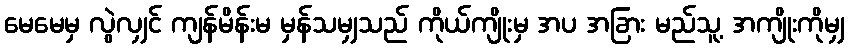
မေမေမှ လွဲလျှင် ကျန်မိန်းမ မှန်သမျှသည် ကိုယ်ကျိုးမှ အပ အခြား မည်သူ့ အကျိုးကိုမျှ